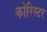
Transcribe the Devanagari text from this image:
कोरिस्टर